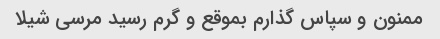
ممنون و سپاس گذارم بموقع و گرم رسید مرسی شیلا